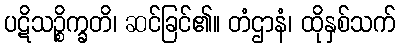
ပဋိသဉ္စိက္ခတိ၊ ဆင်ခြင်၏။ တံဌာနံ၊ ထိုနှစ်သက်